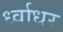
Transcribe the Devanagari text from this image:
र्ध्वाधर